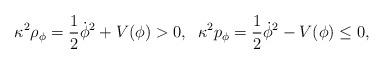
\begin{align*}\kappa^2\rho_{\phi}=\frac{1}{2}\dot{\phi}^2 +V(\phi)>0 ,\;\;\kappa^2 p_{\phi}=\frac{1}{2}\dot{\phi}^2 -V(\phi)\leq 0 ,\end{align*}